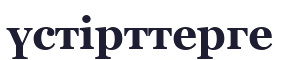
үстірттерге